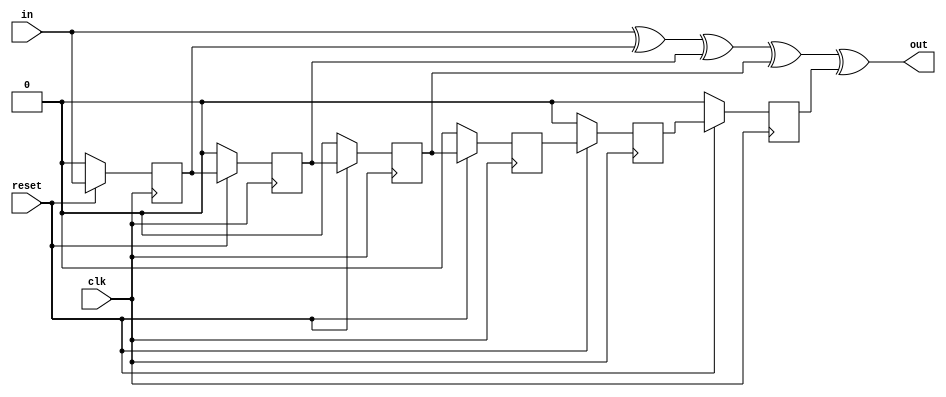
module decoder(
			input  in,
			input clk,
			input reset,
			output  out
			);
			
			reg  Tb [1:6];
			
			always @(posedge clk) begin
			
				if (~reset)begin
					Tb [1] <= 0;
					Tb [2] <= 0;
					Tb [3] <= 0;
					Tb [4] <= 0;
					Tb [5] <= 0;
					Tb [6] <= 0;
				end
				else begin
					Tb [1] <= in;
					Tb [2] <= Tb [1];
					Tb [3] <= Tb [2];
					Tb [4] <= Tb [3];
					Tb [5] <= Tb [4];
					Tb [6] <= Tb [5];
				end                
				
			end	
							
			assign out = in ^Tb [1] ^Tb [2] ^Tb [3] ^Tb [6];
			
endmodule